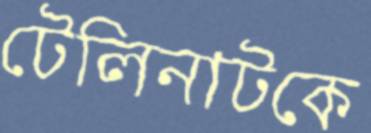
টেলিনাটকে